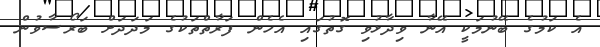
އެ ކަމުގެ ބޭނުމަކީ އޭނާ ވިދާޅުވި ގޮތުގައި އެހެން ފަރާތްތަކުގެ މަދަދަށް ބަރޯސާވުން